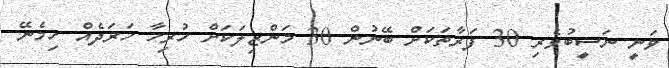
ވަނީ ނަސީބުވެރި 30 ފަރާތަކަށް ބޭނުން 30 މަންޒިލަކަށް ހުރިހާ ހަރަދެއް ހިމެނޭ